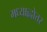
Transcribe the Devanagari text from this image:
मध्याह्नोत्तर